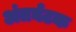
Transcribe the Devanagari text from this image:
अंतर्घटक